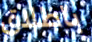
باطلاق